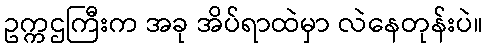
ဥက္ကဌကြီးက အခု အိပ်ရာထဲမှာ လဲနေတုန်းပဲ။